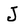
Character: J